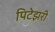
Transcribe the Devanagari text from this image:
पिटेझरी